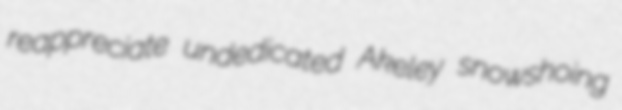
reappreciate undedicated Akeley snowshoing